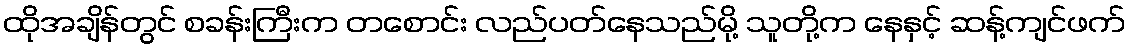
ထိုအချိန်တွင် စခန်းကြီးက တစောင်း လည်ပတ်နေသည်မို့ သူတို့က နေနှင့် ဆန့်ကျင်ဖက်